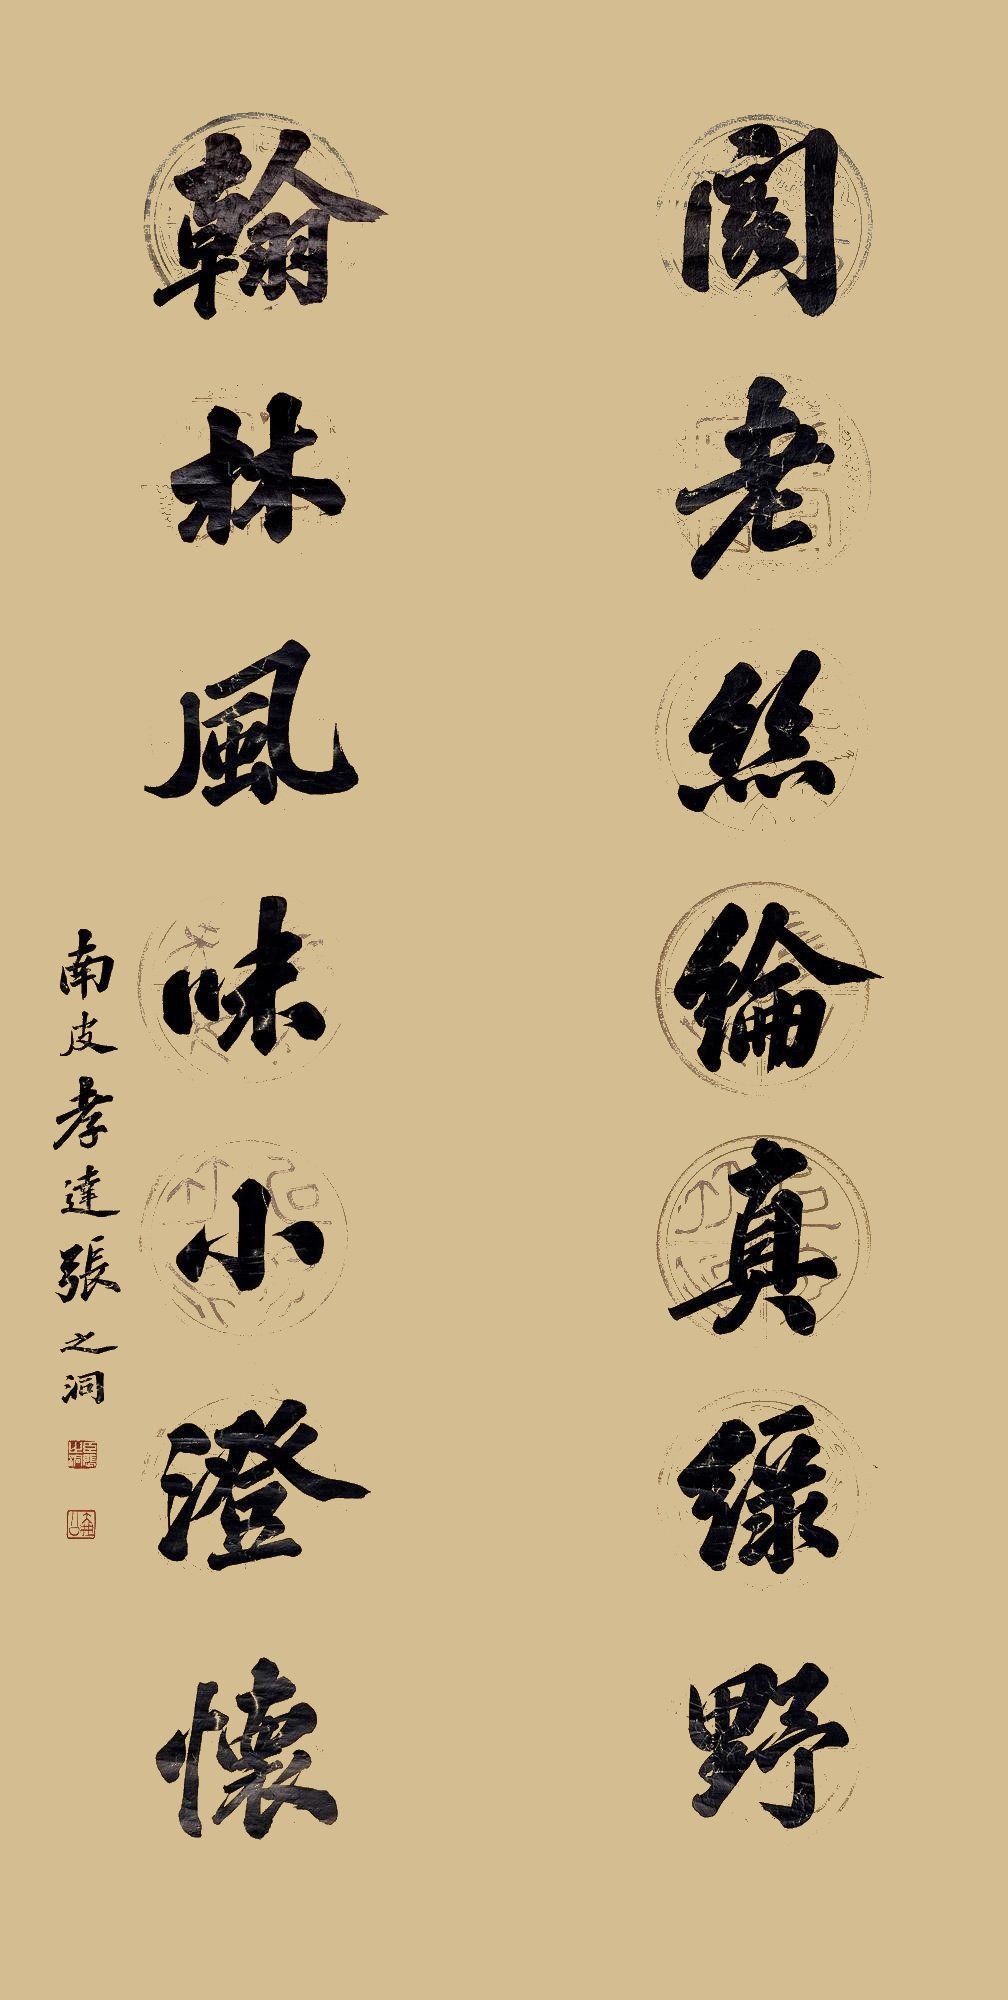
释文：阁老丝纶真绿野，翰林风味小澄怀。南皮孝达张之洞。